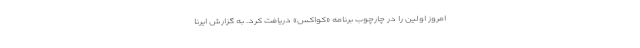
امروز اولین را در چارچوب برنامه «کواکس» دریافت کرد. به گزارش ایرنا